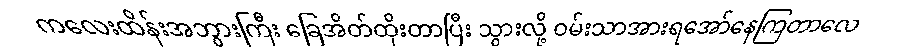
ကလေးထိန်းအဘွားကြီး ခြေအိတ်ထိုးတာပြီး သွားလို့ ဝမ်းသာအားရအော်နေကြတာလေ